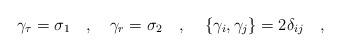
LaTeX: \begin{align*}\gamma_\tau=\sigma_1~~~,~~~\gamma_r=\sigma_2~~~,~~~\left\{\gamma_i, \gamma_j\right\}=2\delta_{ij}~~~,\end{align*}